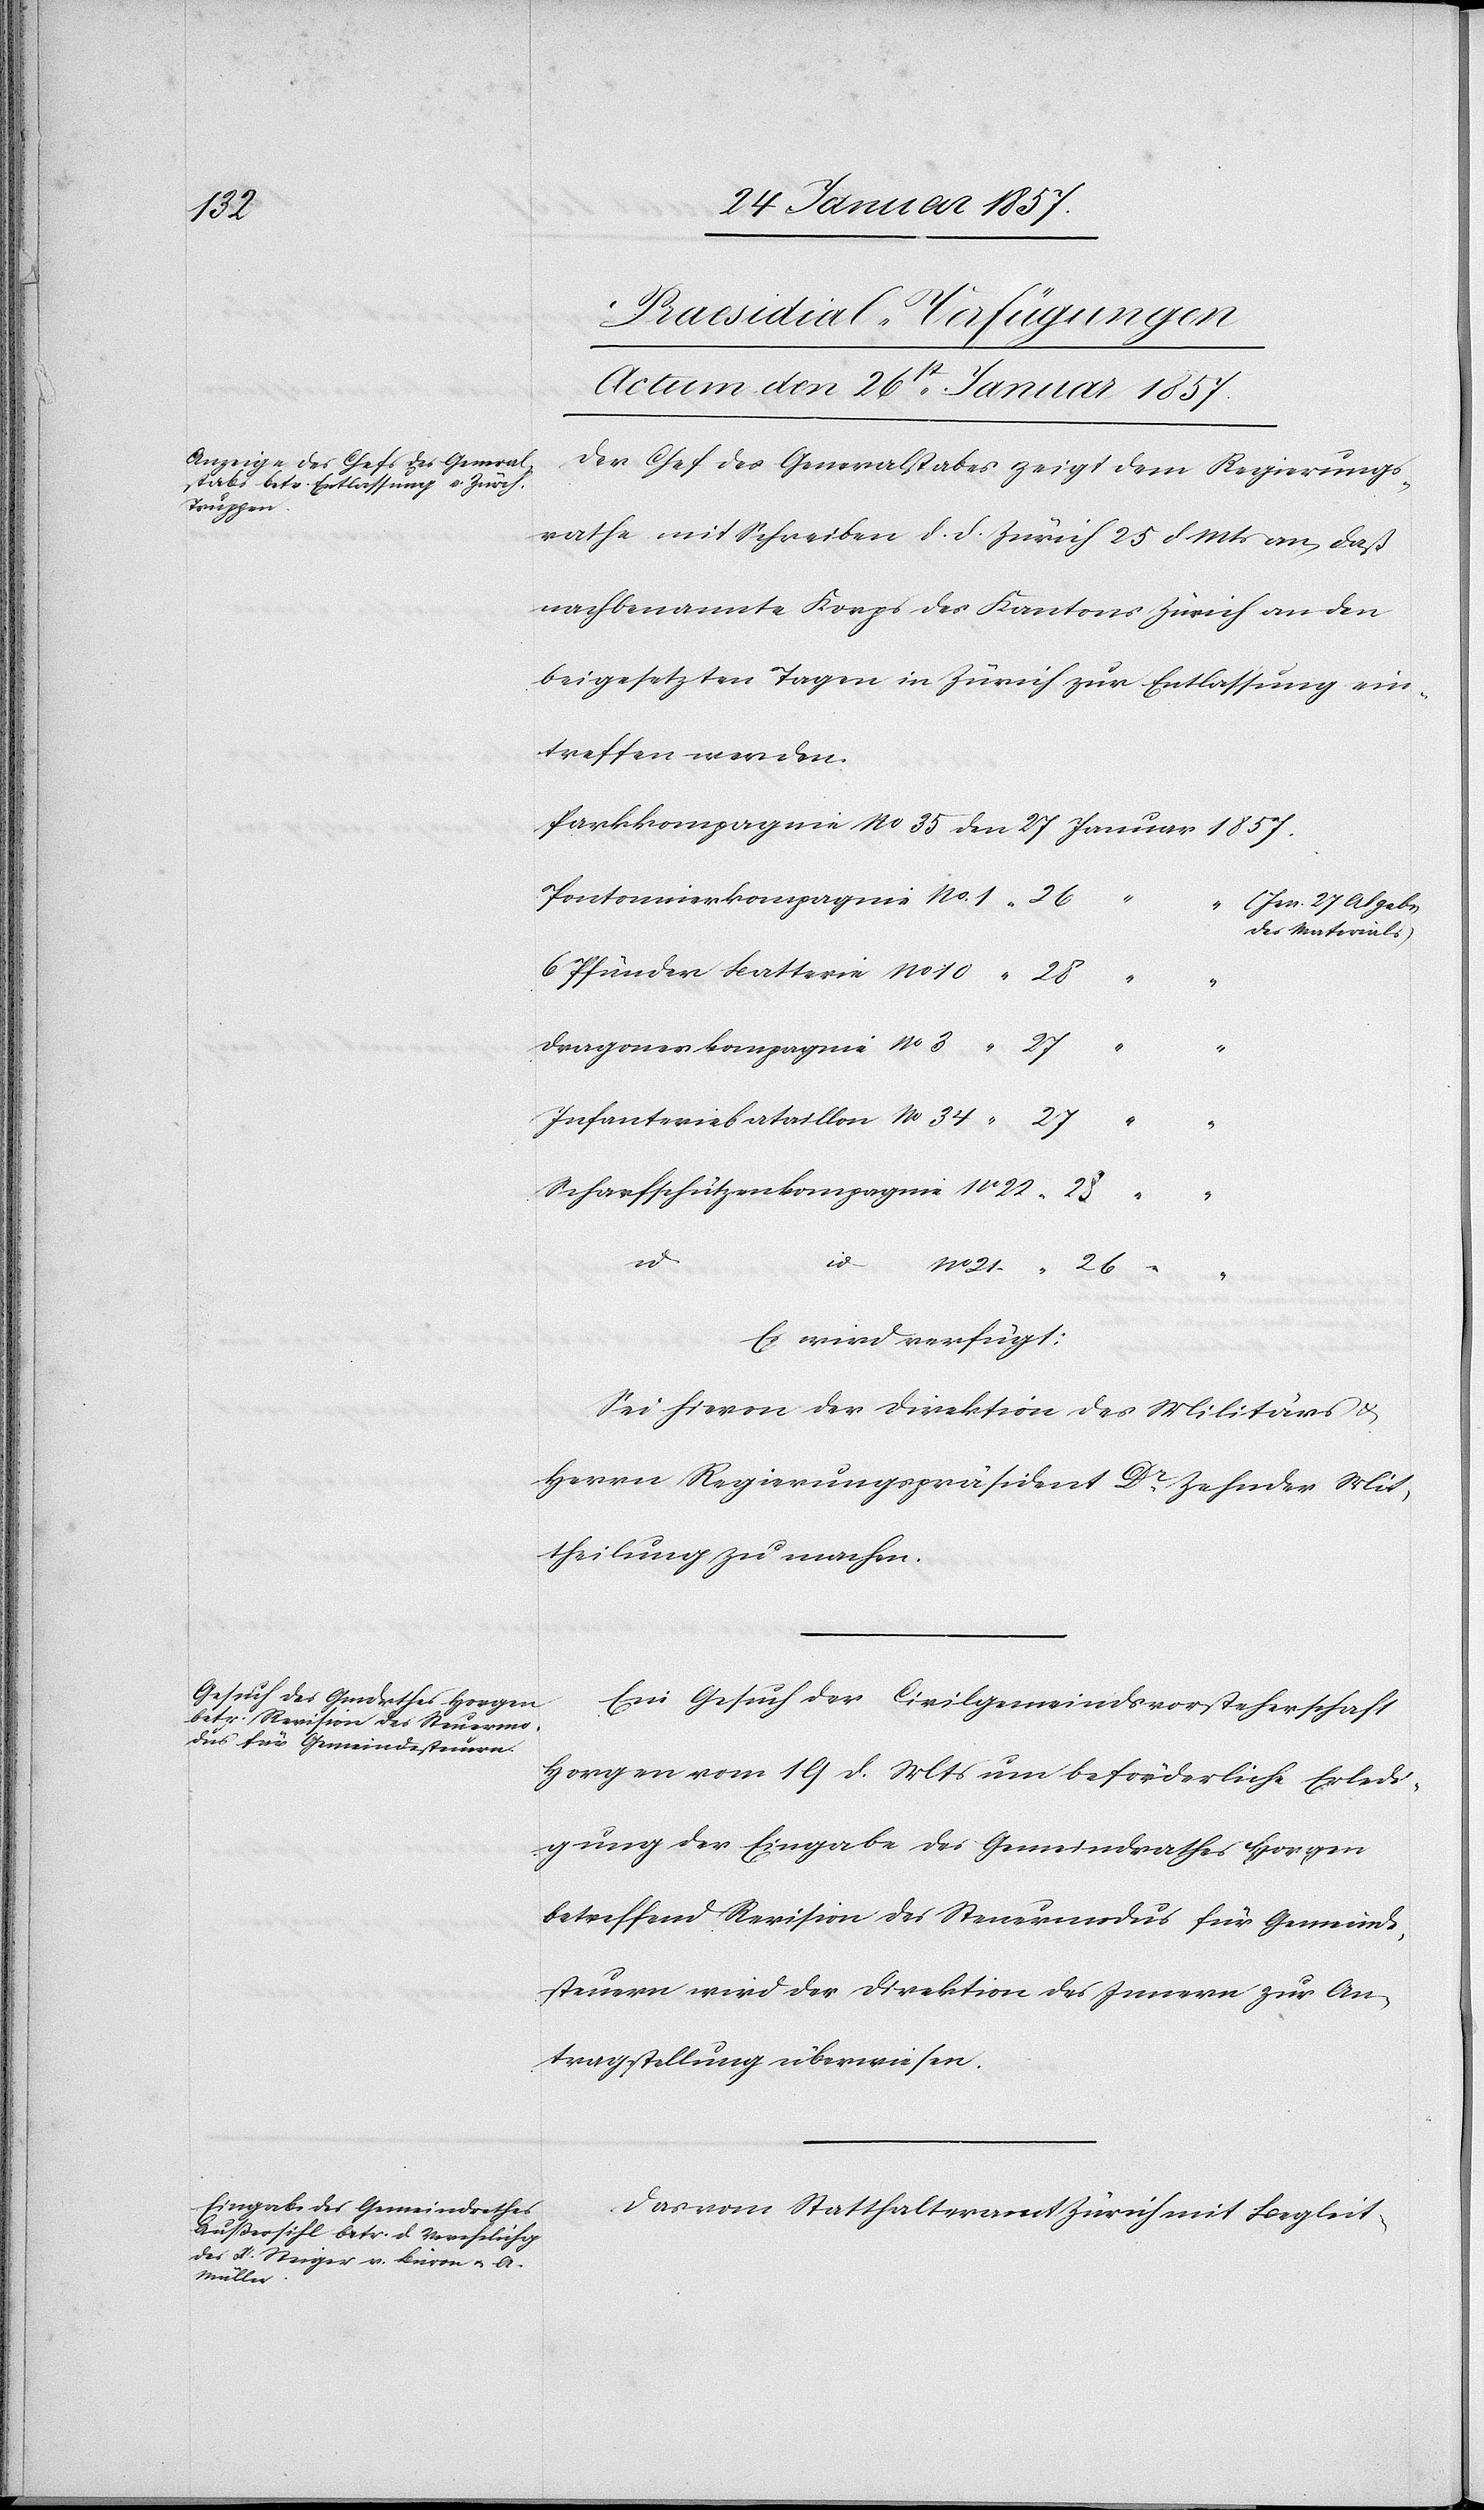
[Praesidial-Verfügungen
Actum den 26t Januar 1857.]
Der Chef des Generalstabes zeigt dem Regierungs¬
rathe mit Schreiben d. d. Zürich 25 d. Mts an, daß
nachbenannte Korps des Kantons Zürich an den
beigesetzten Tagen in Zürich zur Entlassung ein¬
treffen werden.
o.
Pontonnierkompagnie	No.
27 Abgabe
des Materials)
Scharfschützenkompagnie	No.
Es wird verfügt:
Sei hievon der Direktion des Militärs &
Herrn Regierungspräsident Dr. Zehnder Mit¬
theilung zu machen.
Ein Gesuch der Civilgemeindsvorsteherschaft
Horgen vom 19 d. Mts um beförderliche Erledi¬
gung der Eingabe des Gemeindrathes Horgen
betreffend Revision des Steuermodus für Gemeinde¬
steuern wird der Direktion des Innern zur An¬
tragsstellung überwiesen.
Das vom Statthalteramt Zürich mit Begleit-